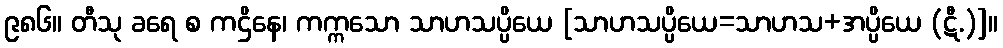
၉၈၆။ တီသု ခရေ စ ကဌိနေ၊ ကက္ကသော သာဟသပ္ပိယေ [သာဟသပ္ပိယေ=သာဟသ+အပ္ပိယေ (ဋီ.)]။